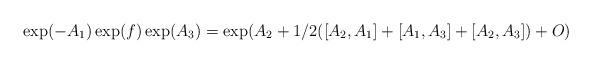
LaTeX: \begin{align*}\exp(-A_1)\exp(f)\exp(A_3) = \exp(A_2 + 1/2([A_2,A_1]+[A_1,A_3]+[A_2,A_3])+O)\end{align*}